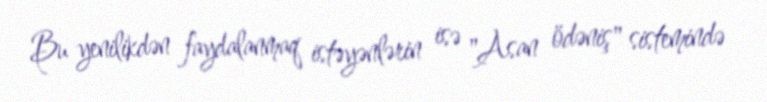
Bu yenilikdən faydalanmaq istəyənlərin isə "Asan ödəniş" sistemində